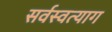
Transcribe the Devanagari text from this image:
सर्वस्वत्याग